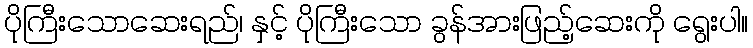
ပိုကြီးသောဆေးရည်၊ နှင့် ပိုကြီးသော ခွန်အားဖြည့်ဆေးကို ရွေးပါ။